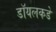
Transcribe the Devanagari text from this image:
डॉयलकडे